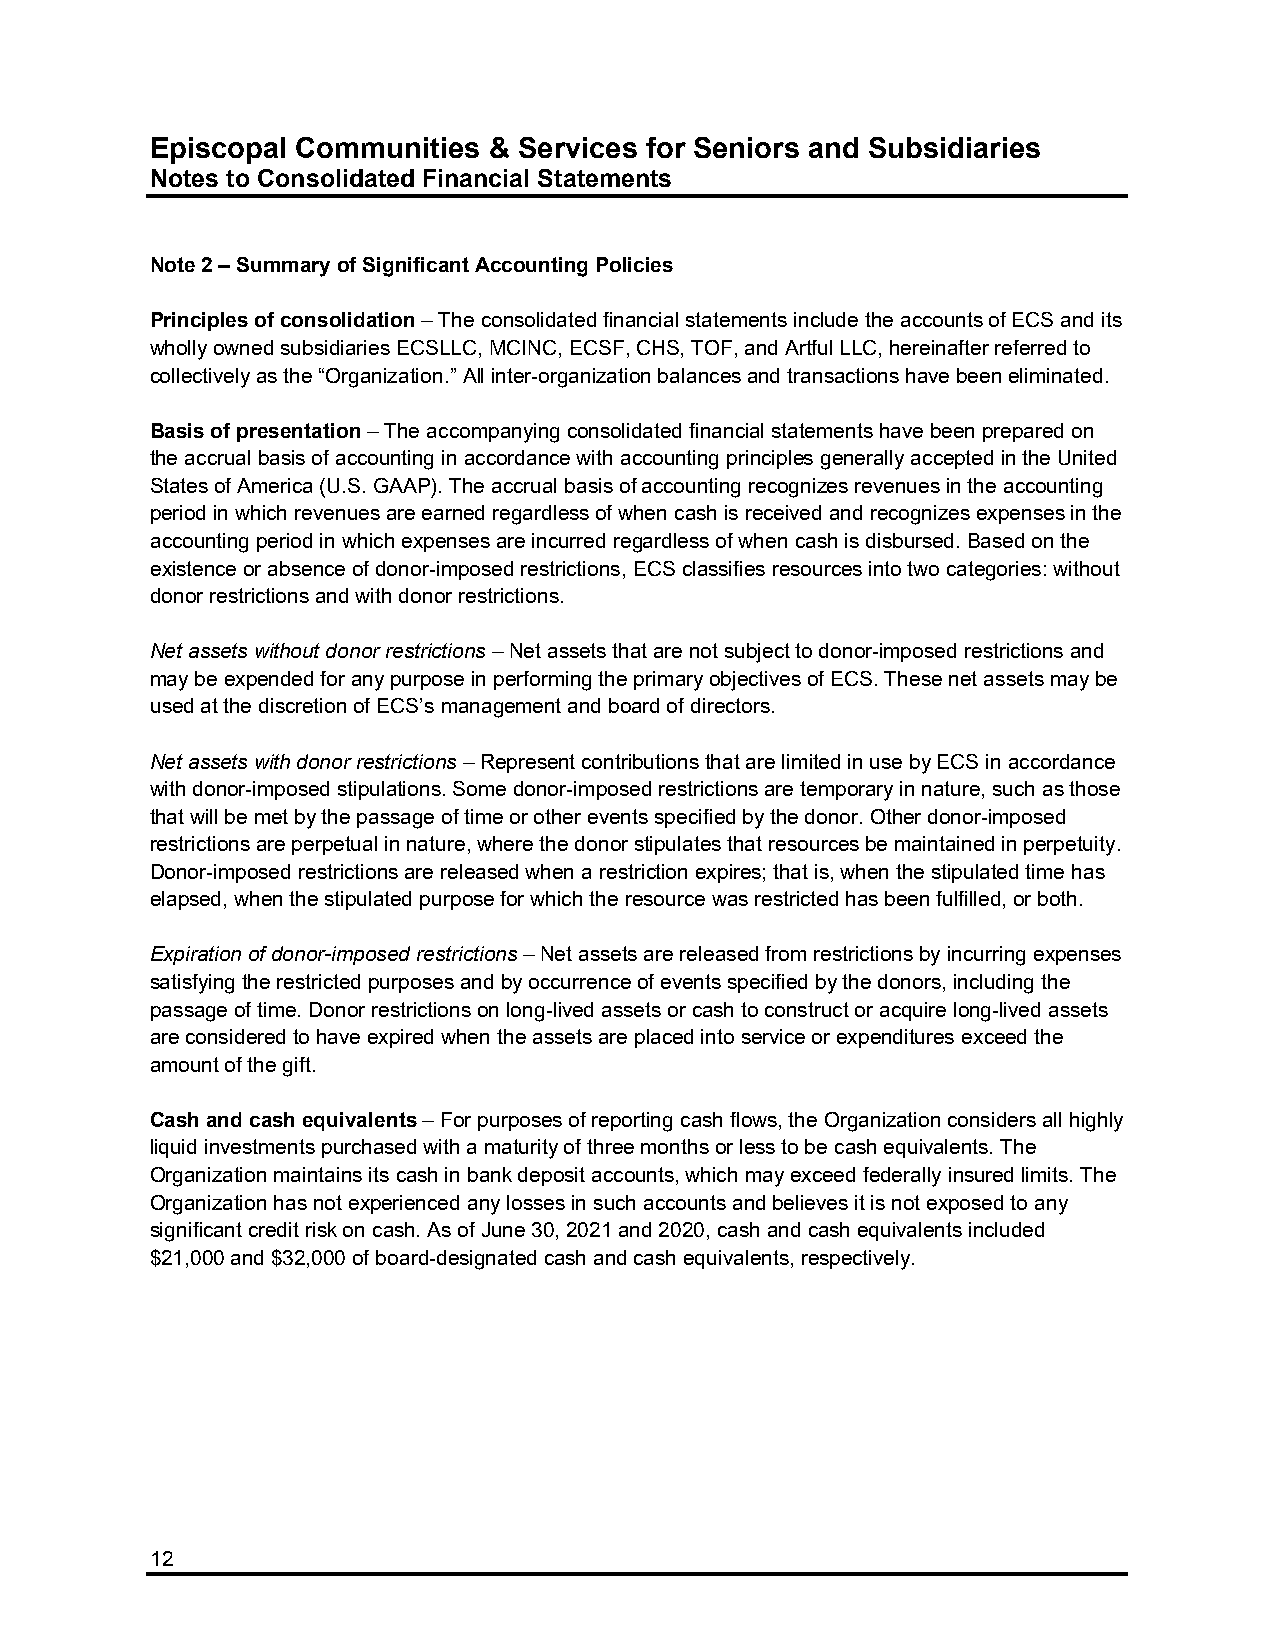
Episcopal Communities & Services for Seniors and Subsidiaries
 Notes to Consolidated Financial Statements
 Note 2 – Summary of Significant Accounting Policies
 Principles of consolidation – The consolidated financial statements include the accounts of ECS and its
 wholly owned subsidiaries ECSLLC, MCINC, ECSF, CHS, TOF, and Artful LLC, hereinafter referred to
 collectively as the “Organization.” All inter-organization balances and transactions have been eliminated.
 Basis of presentation – The accompanying consolidated financial statements have been prepared on
 the accrual basis of accounting in accordance with accounting principles generally accepted in the United
 States of America (U.S. GAAP). The accrual basis of accounting recognizes revenues in the accounting
 period in which revenues are earned regardless of when cash is received and recognizes expenses in the
 accounting period in which expenses are incurred regardless of when cash is disbursed. Based on the
 existence or absence of donor-imposed restrictions, ECS classifies resources into two categories: without
 donor restrictions and with donor restrictions.
 Net assets without donor restrictions – Net assets that are not subject to donor-imposed restrictions and
 may be expended for any purpose in performing the primary objectives of ECS. These net assets may be
 used at the discretion of ECS’s management and board of directors.
 Net assets with donor restrictions – Represent contributions that are limited in use by ECS in accordance
 with donor-imposed stipulations. Some donor-imposed restrictions are temporary in nature, such as those
 that will be met by the passage of time or other events specified by the donor. Other donor-imposed
 restrictions are perpetual in nature, where the donor stipulates that resources be maintained in perpetuity.
 Donor-imposed restrictions are released when a restriction expires; that is, when the stipulated time has
 elapsed, when the stipulated purpose for which the resource was restricted has been fulfilled, or both.
 Expiration of donor-imposed restrictions – Net assets are released from restrictions by incurring expenses
 satisfying the restricted purposes and by occurrence of events specified by the donors, including the
 passage of time. Donor restrictions on long-lived assets or cash to construct or acquire long-lived assets
 are considered to have expired when the assets are placed into service or expenditures exceed the
 amount of the gift.
 Cash and cash equivalents – For purposes of reporting cash flows, the Organization considers all highly
 liquid investments purchased with a maturity of three months or less to be cash equivalents. The
 Organization maintains its cash in bank deposit accounts, which may exceed federally insured limits. The
 Organization has not experienced any losses in such accounts and believes it is not exposed to any
 significant credit risk on cash. As of June 30, 2021 and 2020, cash and cash equivalents included
 $21,000 and $32,000 of board-designated cash and cash equivalents, respectively.
 12